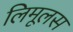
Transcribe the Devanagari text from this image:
लिमूलस